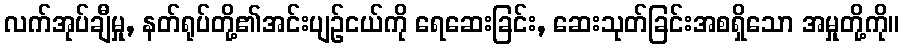
လက်အုပ်ချီမှု, နတ်ရုပ်တို့၏အင်းပျဉ်ငယ်ကို ရေဆေးခြင်း, ဆေးသုတ်ခြင်းအစရှိသော အမှုတို့ကို။